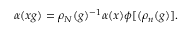
\alpha ( x g ) = \rho _ { N } ( g ) ^ { - 1 } \alpha ( x ) \phi [ ( \rho _ { n } ( g ) ] .